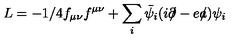
L = - 1 / 4 f _ { \mu \nu } f ^ { \mu \nu } + \sum _ { i } \bar { \psi _ { i } } ( i \partial \! \! \! / - e a \! \! \! / ) \psi _ { i }